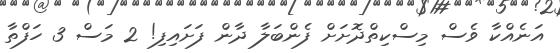
އަނެއްކާ ވެސް މިސްކިތްދޮށަށް ފެންބަލާ ދާން ފަށައިފި! 2 މަސް 3 ހަފްތާ